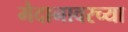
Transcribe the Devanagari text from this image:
मैदानावरच्या